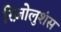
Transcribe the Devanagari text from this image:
रिज़ोलुशंस